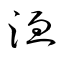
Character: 洫